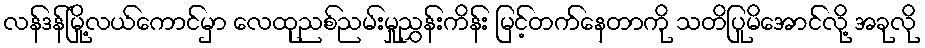
လန်ဒန်မြို့လယ်ကောင်မှာ လေထုညစ်ညမ်းမှုညွှန်းကိန်း မြင့်တက်နေတာကို သတိပြုမိအောင်လို့ အခုလို